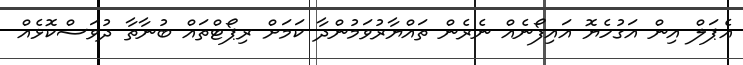
އެޕަލް އިން އަގުހެޔޮ އައިފޯނެއް ނެރެން ތައްޔާރުވަމުންދާ ކަމަށް ރިޕޯޓްތައް ބުނާތާ ދުވަސްކޮޅެއް